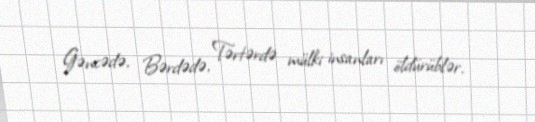
Gəncədə, Bərdədə, Tərtərdə mülki insanları öldürüblər.